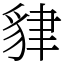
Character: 貄